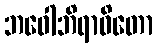
ဘဝေါဘိရာဓိတော